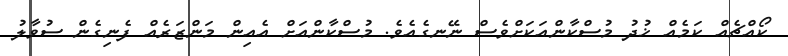
ކޯއްޗެއް ކަމެއް ޚުދު މުސްކާންއަކަށްވެސް ނޭނގެއެވެ. މުސްކާންއަށް އެއިން މަންޒަރެއް ފެނިގެން ސުވާލު